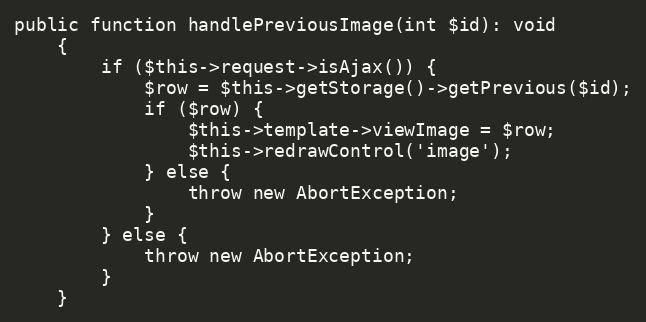
Language: PHP
public function handlePreviousImage(int $id): void
	{
		if ($this->request->isAjax()) {
			$row = $this->getStorage()->getPrevious($id);
			if ($row) {
				$this->template->viewImage = $row;
				$this->redrawControl('image');
			} else {
				throw new AbortException;
			}
		} else {
			throw new AbortException;
		}
	}